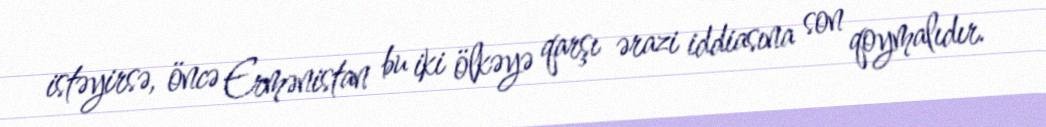
istəyirsə, öncə Ermənistan bu iki ölkəyə qarşı ərazi iddiasına son qoymalıdır.